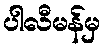
ပါလီမန်မှ